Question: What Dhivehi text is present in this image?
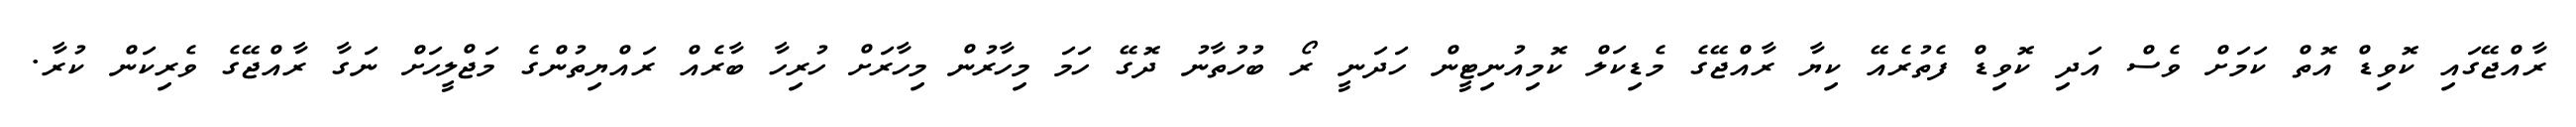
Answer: ރާއްޖޭގައި ކޮވިޑް އޮތް ކަމަށް ވެސް އަދި ކޮވިޑް ފެތުރެއޭ ކިޔާ ރާއްޖޭގެ މެޑިކަލް ކޮމިއުނިޓީން ހަދަނީ ރޯ ބުހުތާނު ދޮގޭ ހަމަ މިހާރުން މިހާރަށް ހުރިހާ ބާރެއް ރައްޔިތުންގެ މަޖްލީހަށް ނަގާ ރާއްޖޭގެ ވެރިކަން ކުރާ.